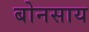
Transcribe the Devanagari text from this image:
बोनसाय